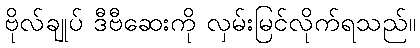
ဗိုလ်ချုပ် ဒီဗီဆေးကို လှမ်းမြင်လိုက်ရသည်။